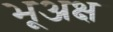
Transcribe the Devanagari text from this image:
भूअक्ष